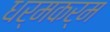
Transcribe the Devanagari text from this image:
धर्मकर्म